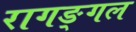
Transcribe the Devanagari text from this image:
रागङ्गल